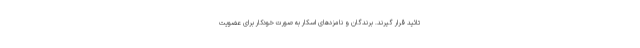
تائید قرار گیرند. برندگان و نامزدهای اسکار به صورت خودکار برای عضویت